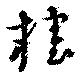
榷